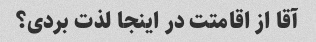
آقا از اقامتت در اینجا لذت بردی؟